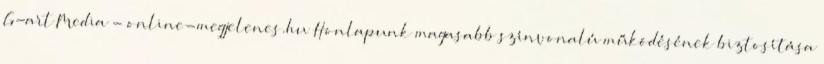
G-art Media - online-megjelenes.hu Honlapunk magasabb színvonalú működésének biztosítása